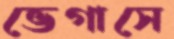
ভেগাসে